Rangoon Lunatic Asylum 1878-1892 - 1878-1892
Year: 1878
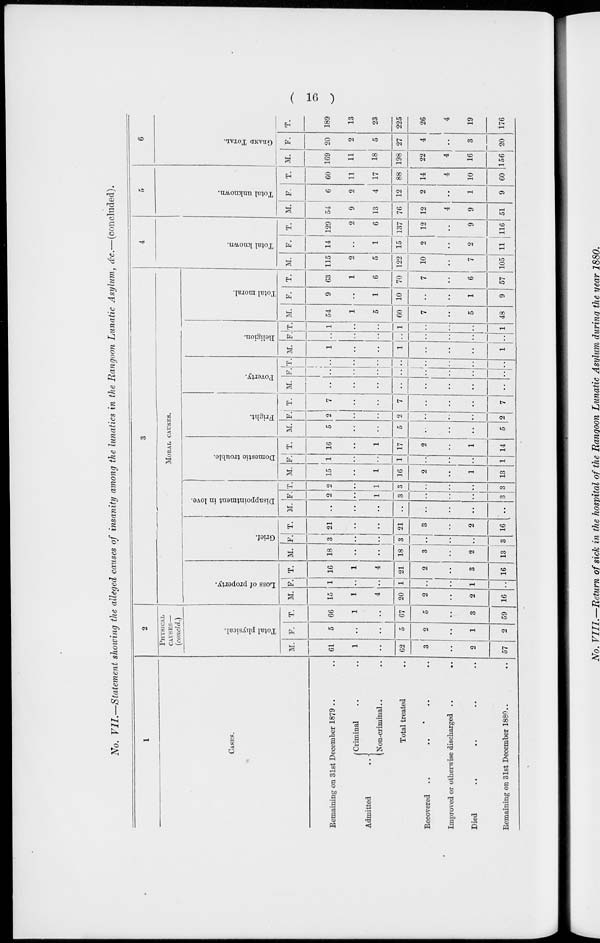
( 16 )
No. VII.—Statement showing the alleged causes of insanity among the lunatics in the Rangoon Lunatic Asylum, &c.—(concluded).
1
CASES.
Remaining on 31st December 1879 .. ..
Admitted ..
Criminal .. ..
Non-criminal .. ..
Total treated ..
Recovered .. .. .. ..
Improved or otherwise discharged ..
..
Died .. .. .. ..
Remaining on 31st December 1880.. ..
2
PHYSICAL
CAUSES—
(concld.)
Total physical.
M.
61
1
..
62
3
..
2
57
F.
5
..
..
5
2
..
1
2
T.
66
1
..
67
5
..
3
59
3
MORAL CAUSES.
Loss of property.
M.
15
1
4
20
2
..
2
16
F.
1
..
..
1
..
..
1
..
T.
16
1
4
21
2
..
3
16
Grief.
M.
18
..
..
18
3
..
2
13
F.
3
..
..
3
..
..
..
3
T.
21
..
..
21
3
..
2
16
Disappointment in love.
M.
..
..
..
..
..
..
..
..
F.
2
..
1
3
..
..
..
3
T.
2
..
1
3
..
..
..
3
Domestic trouble.
M.
15
..
1
16
2
..
1
13
F.
1
..
..
1
..
..
..
1
T.
16
..
1
17
2
..
1
14
Fright.
M.
5
..
..
5
..
..
..
5
F.
2
..
..
2
..
..
. .
2
T.
7
..
..
7
..
..
..
7
Poverty.
M.
..
..
..
..
..
..
..
..
F.
..
..
..
..
..
..
..
..
T.
..
..
..
..
..
..
..
..
Religion.
M.
1
..
..
1
..
..
..
1
F.
..
..
..
..
..
..
..
..
T.
1
..
..
1
..
..
..
1
Total moral.
M.
54
1
5
60
7
..
5
48
F.
9
..
1
10
..
..
1
9
T.
63
1
6
70
7
..
6
57
4
Total known.
M.
115
2
5
122
10
..
7
105
F.
14
..
1
15
2
..
2
11
T.
129
2
6
137
12
..
9
116
5
Total unknown.
M.
54
9
13
76
12
4
9
51
F.
6
2
4
12
2
..
1
9
T.
60
11
17
88
14
4
10
60
6
GRAND TOTAL.
M.
169
11
18
198
22
4
16
156
F.
20
2
5
27
4
..
3
20
T.
189
13
23
225
26
4
19
176